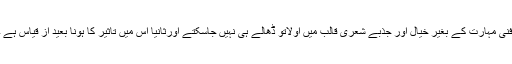
فنی مہارت کے بغیر خیال اور جذبے شعری قالب میں اولاًتو ڈھالے ہی نہیں جاسکتے اورثانیاً اس میں تاثیر کا ہونا بعید از قیاس ہے ۔